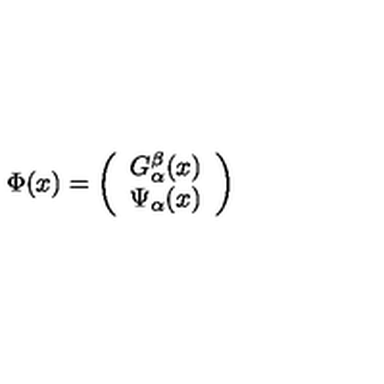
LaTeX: \Phi ( x ) = \left( \begin{array} { c } { G _ { \alpha } ^ { \beta } ( x ) } \\ { \Psi _ { \alpha } ( x ) } \\ \end{array} \right)